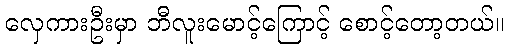
လှေကားဦးမှာ ဘီလူးမောင့်ကြောင့် စောင့်တော့တယ်။